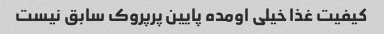
کیفیت غذا خیلی اومده پایین پرپروک سابق نیست